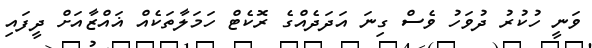
ވަނީ ހުކުރު ދުވަހު ވެސް ގިނަ އަދަދެއްގެ ރޮކެޓް ހަމަލާތަކެއް ޣައްޒާއަށް ދީފައި